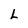
Character: L